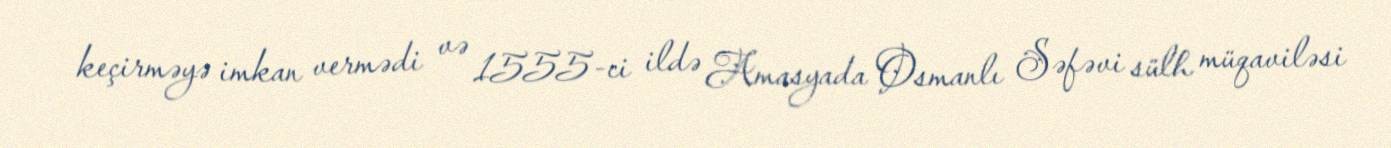
keçirməyə imkan vermədi və 1555-ci ildə Amasyada Osmanlı Səfəvi sülh müqaviləsi